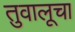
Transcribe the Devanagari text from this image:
तुवालूचा